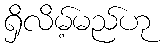
ရှိလိမ့်မည်ဟု